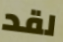
لقد